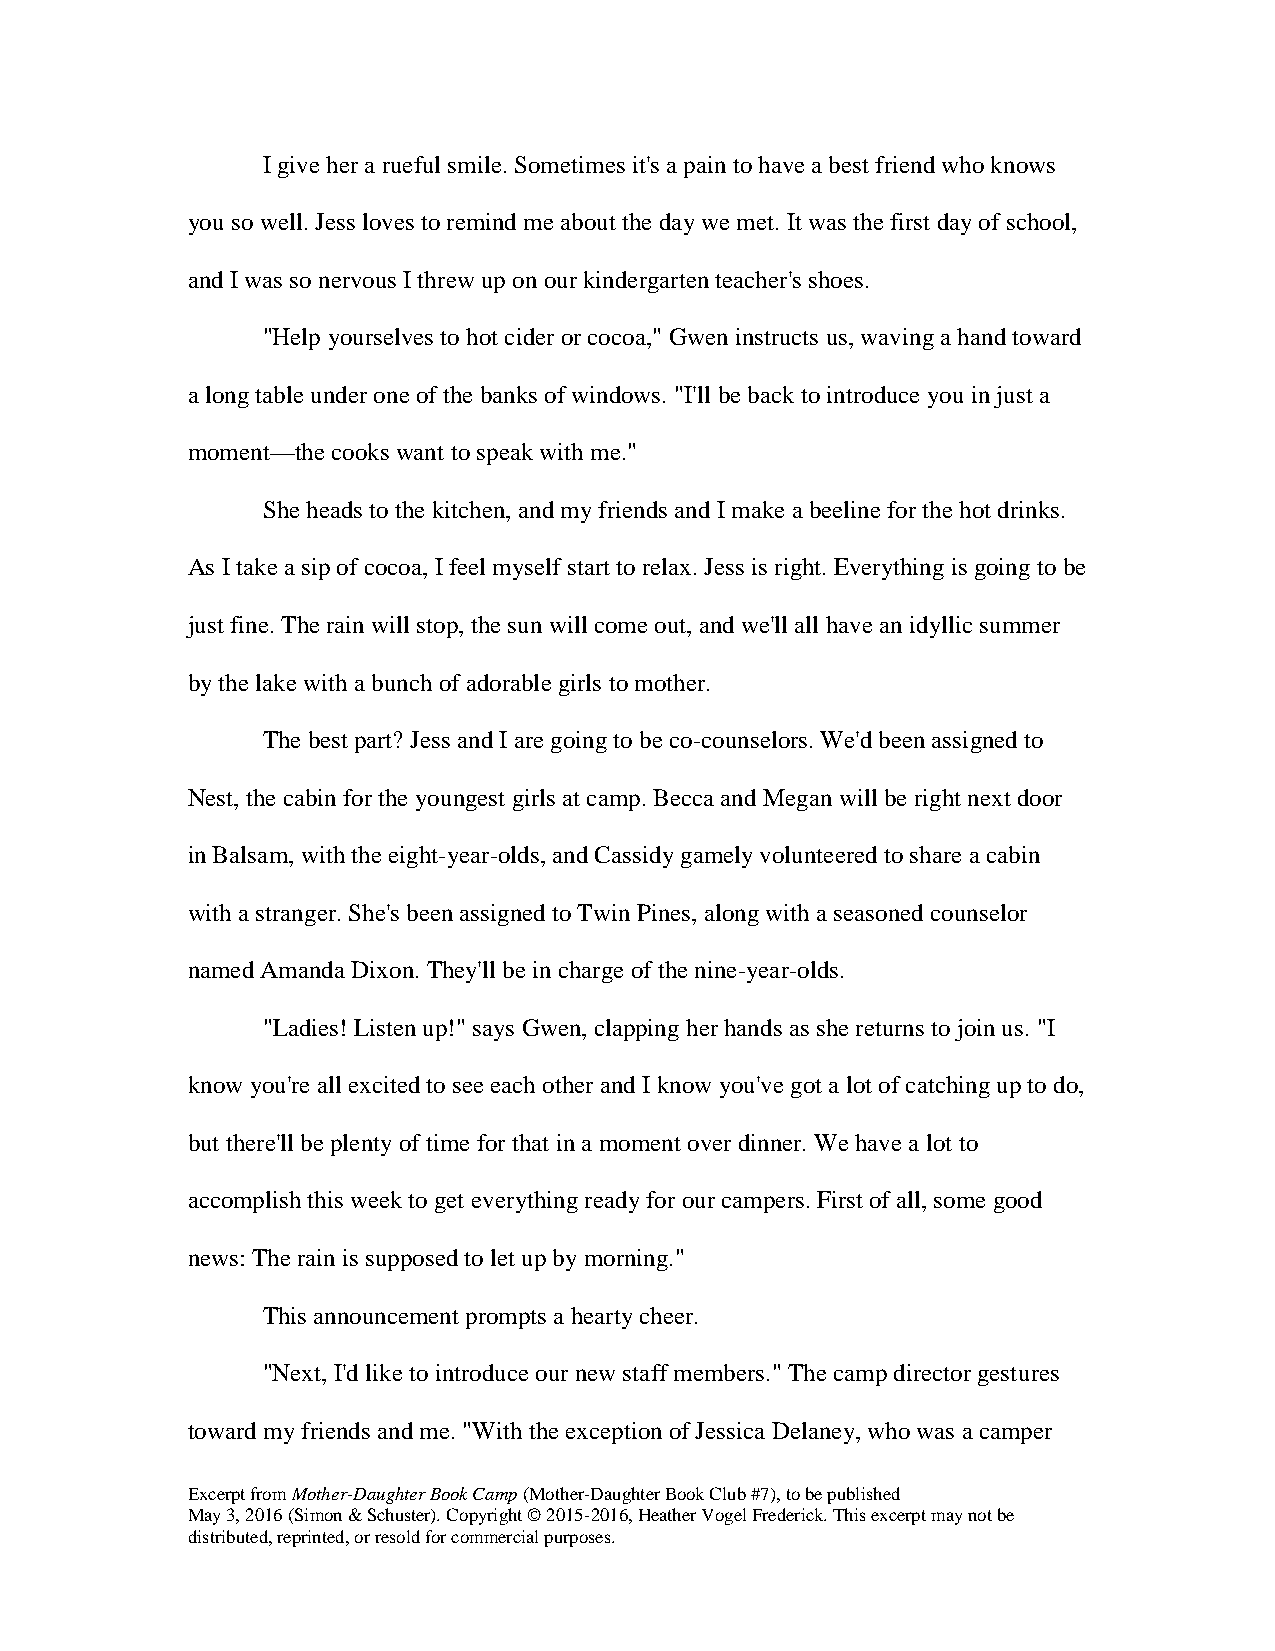
I give her a rueful smile. Sometimes it's a pain to have a best friend who knows
 you so well. Jess loves to remind me about the day we met. It was the first day of school,
 and I was so nervous I threw up on our kindergarten teacher's shoes.
 "Help yourselves to hot cider or cocoa," Gwen instructs us, waving a hand toward
 a long table under one of the banks of windows. "I'll be back to introduce you in just a
 moment—the cooks want to speak with me."
 She heads to the kitchen, and my friends and I make a beeline for the hot drinks.
 As I take a sip of cocoa, I feel myself start to relax. Jess is right. Everything is going to be
 just fine. The rain will stop, the sun will come out, and we'll all have an idyllic summer
 by the lake with a bunch of adorable girls to mother.
 The best part? Jess and I are going to be co-counselors. We'd been assigned to
 Nest, the cabin for the youngest girls at camp. Becca and Megan will be right next door
 in Balsam, with the eight-year-olds, and Cassidy gamely volunteered to share a cabin
 with a stranger. She's been assigned to Twin Pines, along with a seasoned counselor
 named Amanda Dixon. They'll be in charge of the nine-year-olds.
 "Ladies! Listen up!" says Gwen, clapping her hands as she returns to join us. "I
 know you're all excited to see each other and I know you've got a lot of catching up to do,
 but there'll be plenty of time for that in a moment over dinner. We have a lot to
 accomplish this week to get everything ready for our campers. First of all, some good
 news: The rain is supposed to let up by morning."
 This announcement prompts a hearty cheer.
 "Next, I'd like to introduce our new staff members." The camp director gestures
 toward my friends and me. "With the exception of Jessica Delaney, who was a camper
 Excerpt from Mother-Daughter Book Camp (Mother-Daughter Book Club #7), to be published
 May 3, 2016 (Simon & Schuster). Copyright © 2015-2016, Heather Vogel Frederick. This excerpt may not be
 distributed, reprinted, or resold for commercial purposes.